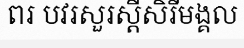
ពរ បវរសួរស្តីសិរីមង្គល